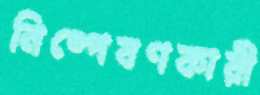
নিষ্পেষণকারী